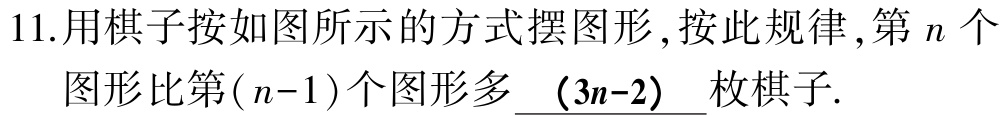
11.用棋子按如图所示的方式摆图形,按此规律,第\(n\)个图形比第\((n - 1)\)个图形多\(\underline{(3n - 2)}\)枚棋子.